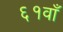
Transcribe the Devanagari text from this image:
६१वाँ